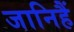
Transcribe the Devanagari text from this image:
जानिहैं